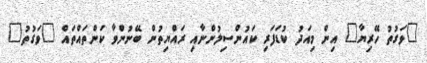
"ވަގުތު ހޭރިޔާ" އިން މިއަދު ކުޑަފަރި ކައުންސިލުންނާއި ރައްޔިތުން ބޭނުންވާ ކަންތައްތައް "ވަގުތު"